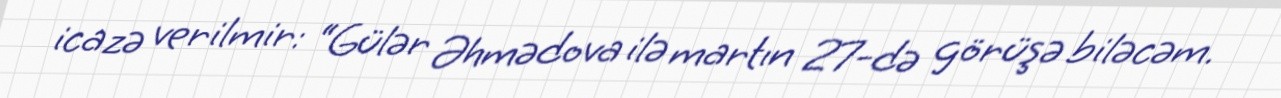
icazə verilmir: “Gülər Əhmədova ilə martın 27-də görüşə biləcəm.